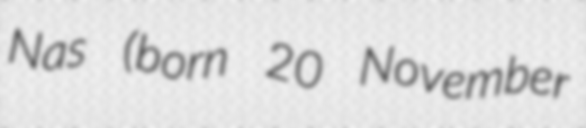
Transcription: Nas (born 20 November